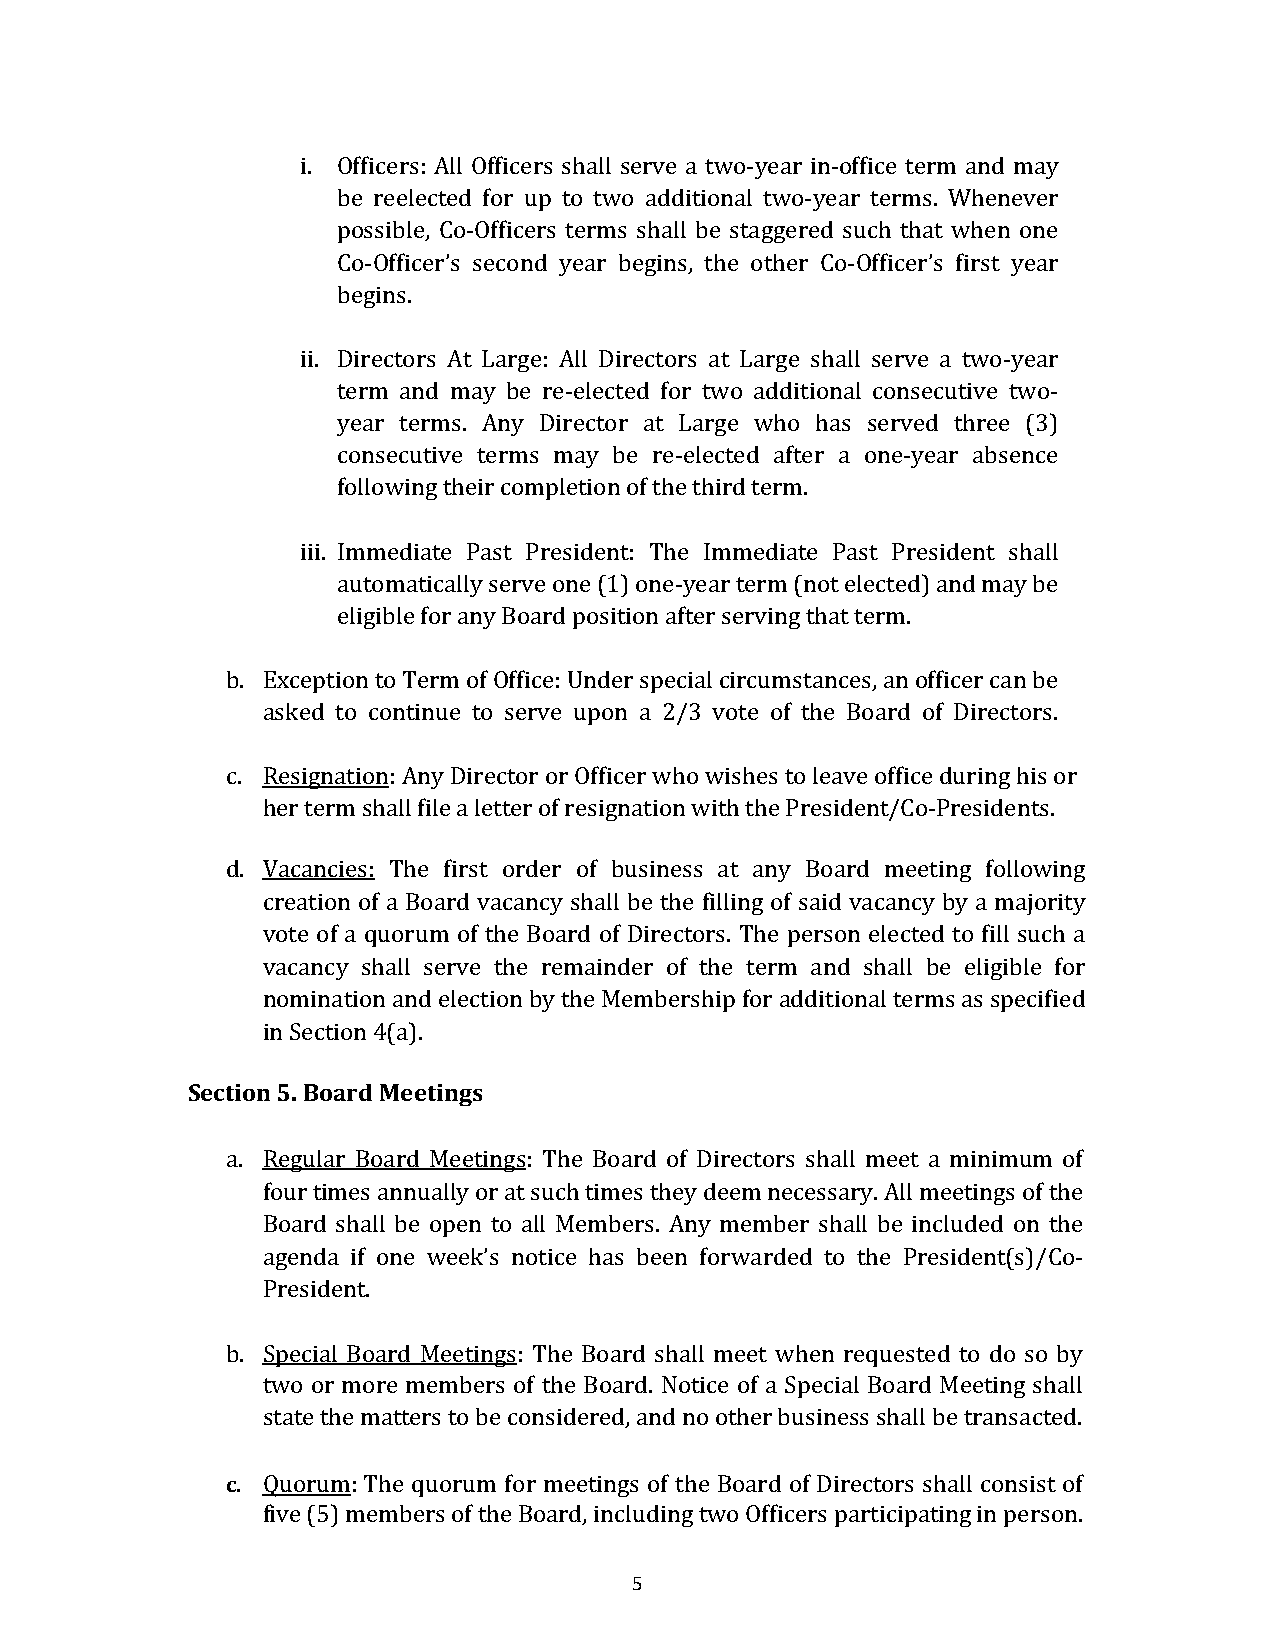
i. Officers: All Officers shall serve a two-year in-office term and may
 be reelected for up to two additional two-year terms. Whenever
 possible, Co-Officers terms shall be staggered such that when one
 Co-Officer’s second year begins, the other Co-Officer’s first year
 begins.
 ii. Directors At Large: All Directors at Large shall serve a two-year
 term and may be re-elected for two additional consecutive two-
 year terms. Any Director at Large who has served three (3)
 consecutive terms may be re-elected after a one-year absence
 following their completion of the third term.
 iii. Immediate Past President: The Immediate Past President shall
 automatically serve one (1) one-year term (not elected) and may be
 eligible for any Board position after serving that term.
 b. Exception to Term of Office: Under special circumstances, an officer can be
 asked to continue to serve upon a 2/3 vote of the Board of Directors.
 c. Resignation: Any Director or Officer who wishes to leave office during his or
 her term shall file a letter of resignation with the President/Co-Presidents.
 d. Vacancies: The first order of business at any Board meeting following
 creation of a Board vacancy shall be the filling of said vacancy by a majority
 vote of a quorum of the Board of Directors. The person elected to fill such a
 vacancy shall serve the remainder of the term and shall be eligible for
 nomination and election by the Membership for additional terms as specified
 in Section 4(a).
 Section 5. Board Meetings
 a. Regular Board Meetings: The Board of Directors shall meet a minimum of
 four times annually or at such times they deem necessary. All meetings of the
 Board shall be open to all Members. Any member shall be included on the
 agenda if one week’s notice has been forwarded to the President(s)/Co-
 President.
 b. Special Board Meetings: The Board shall meet when requested to do so by
 two or more members of the Board. Notice of a Special Board Meeting shall
 state the matters to be considered, and no other business shall be transacted.
 c. Quorum: The quorum for meetings of the Board of Directors shall consist of
 five (5) members of the Board, including two Officers participating in person.
 5